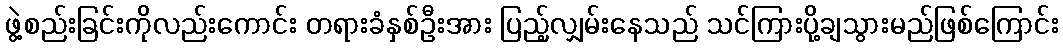
ဖွဲ့စည်းခြင်းကိုလည်းကောင်း တရားခံနှစ်ဦးအား ပြည့်လျှမ်းနေသည် သင်ကြားပို့ချသွားမည်ဖြစ်ကြောင်း